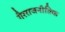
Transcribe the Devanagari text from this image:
गैरराजनीतिक